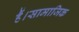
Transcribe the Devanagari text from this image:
हैं।सामाजिक